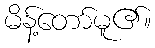
မိန့်တော်မူ၏။